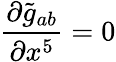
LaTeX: {\frac{\partial{\widetilde{g}}_{ab}}{\partial x^{5}}}=0